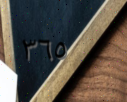
٣٦٥